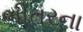
ભીતરના